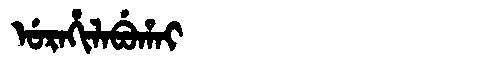
Manchu: ᡠᡵᠠᡥᡳᠯᠠᠪᡠᡥᠠᡳ
Romanization: URAHILABUHAI